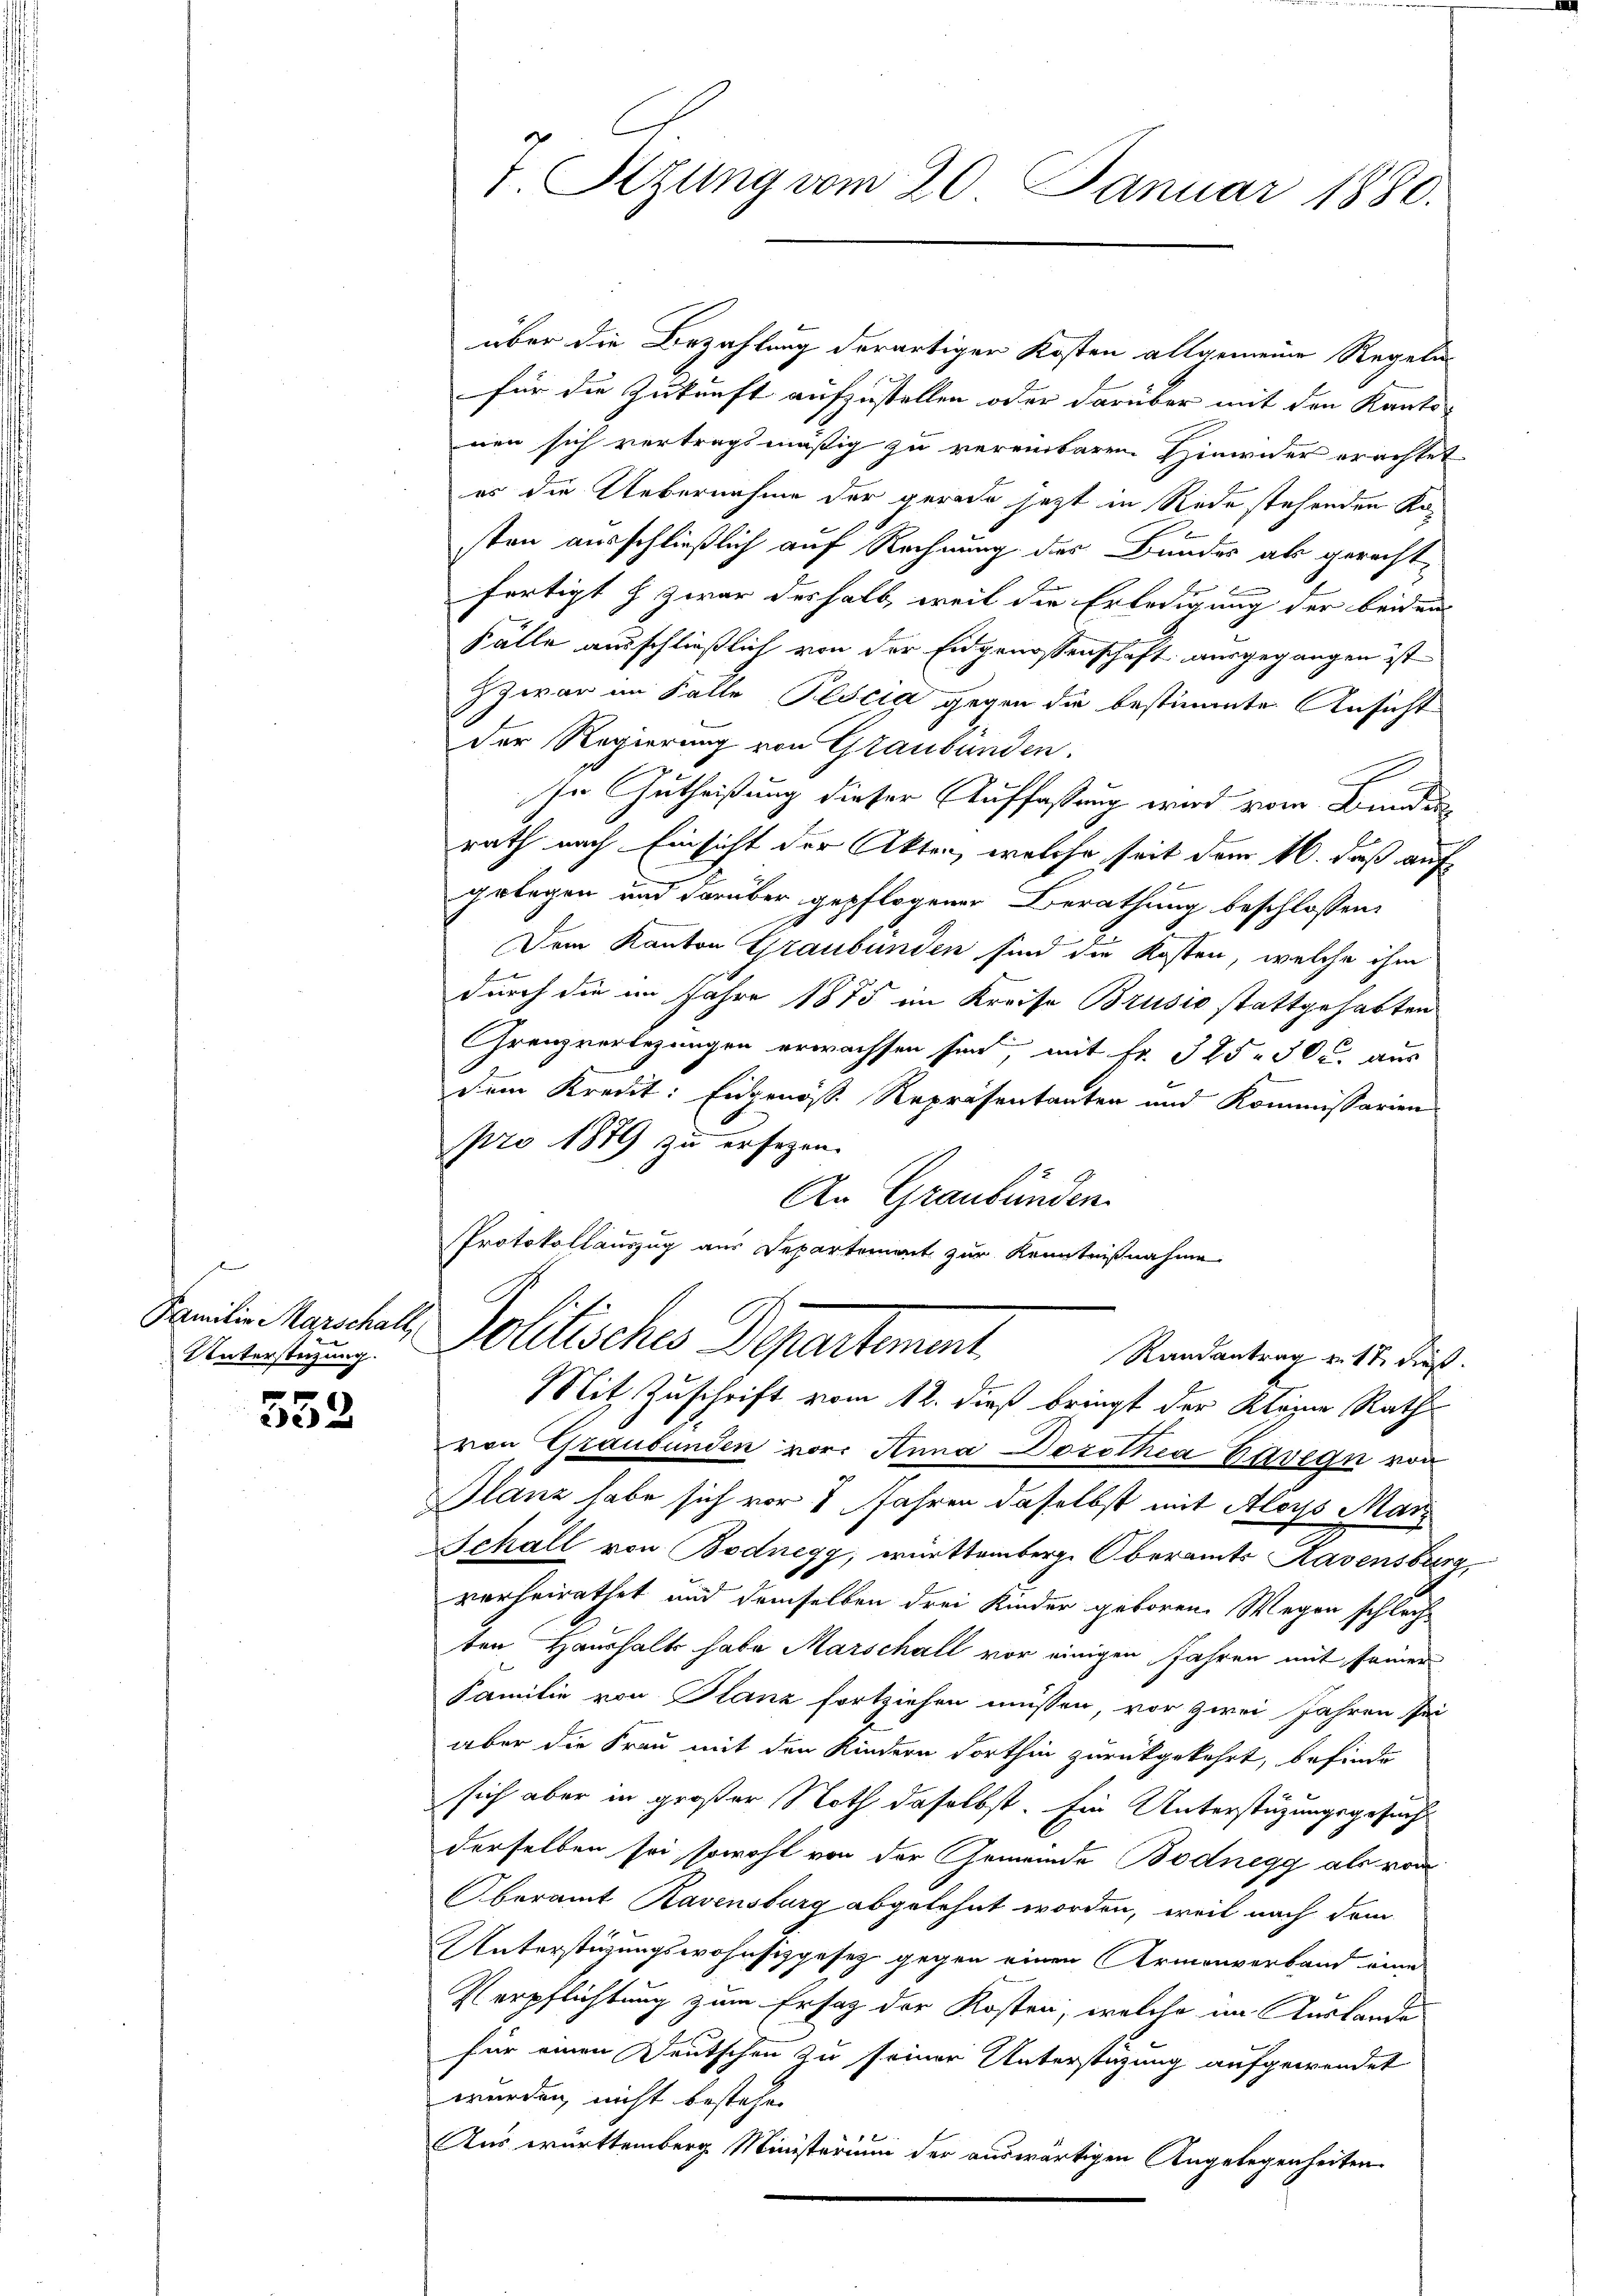
Untersteizung.

22

7. Sitzung vom 20. Januar 1880.

über die Bezahlung derartiger Kosten allgemeine Regeln
für die Zukunft aufzustellen oder darüber mit den Kanto-
nen sich vertragsmäßig zu vereinbaren Hinwider erachtet
es die Uebernahme der gerade jetzt in Rede stehenden Kasten ausschließlich auf Rechnung des Bundes als gerechtfertigt & zwar deshalb, weil die Erledigung der beiden
Fälle ausschließlich von der Eidgenossenschaft ausgegangen ist
Zzwar im Falle Pescia gegen die bestimmte Ansicht
der Regierung von Graubünden.
sn Gutheißung dieser Auffassung wird vom Bunden
rath nach Einsicht der Akten, welche seit dem 16. daß auf
gelegen und darüber gepflogener Berathung beschlossen:
Dem Kanton Graubünden sind die Kosten, welche ihm
durch die im Jahre 1875 im Kreise Brusio stattgehabten
Grenzverlegungen erwachsen sind, mit Fr. 325 30 u. aus
dem Kredit: Eidgenösse Repräsentanten und Kommissarien
pro 1879 zu ersezen.
An Graubünden.
Protokollauszug aus Departement zur Kenntnißnahme

Familie auchel, Politisches Departement
Randantrag v. 17. dieß.

Mit Zuschrift vom 12. dieß bringt der Kleine Rath
von Graubünden vor. Anna Dosotkia Kavegn von
Glanz habe sich vor 7 Jahren daselbst mit Aloys Marz
Schall von Bodnegg, württemberge Oberamts Ravensburg,
vorheirathet und demselben drei Kinder geboren. Wegen schlecht
ten Haushalts habe Marschall vor einigen Jahren mit seiner
Familie von Planz fortziehen müssen, vor zwei Jahren sei
aber die Frau mit den Kindern dorthin zurückgekehrt, befinde
sich aber in großer Noth daselbst. Ein Unterstüzungsgesucht
derselben sei sowohl von der Gemeinde Bodnegg als vom
Oberamt Ravensburg abgelehnt worden, weil nach dem
Unterstüzungswohnsizgesez gegen einen Armenverband eine
Verpflichtung zum Ersatz der Kosten, welche im Auslande
für einen Deutschen zu seiner Unterstützung aufgewendet
wurden, nicht bestehe.
Aus württemberg Ministerium der auswärtigen Angelegenheiten